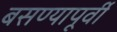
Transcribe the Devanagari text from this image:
बसण्यापूर्वी